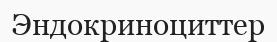
Эндокриноциттер